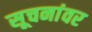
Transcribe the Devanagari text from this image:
सूचनांवर